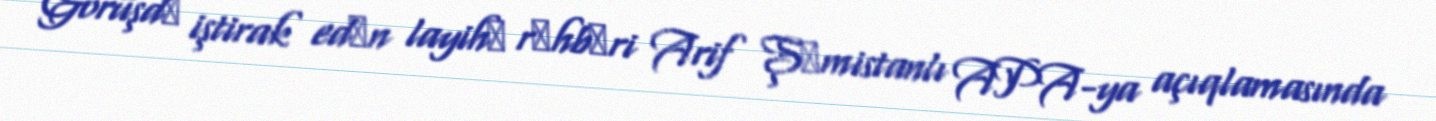
Görüşdә iştirak edәn layihә rәhbәri Arif Şәmistanlı APA-ya açıqlamasında